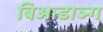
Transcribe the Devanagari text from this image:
बिअन्डाञ्ग